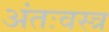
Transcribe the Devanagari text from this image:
अंतःवस्त्र